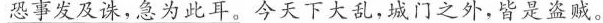
\underline{恐事发及诛,急为此耳。}今天下大乱,城门之外,皆是盗贼。